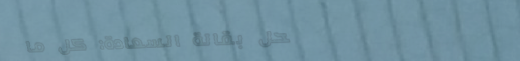
محل بقالة السعادة: كل ما